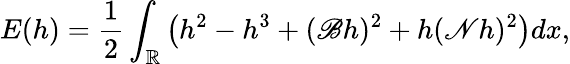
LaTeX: E(h)=\frac{1}{2}\int_{\mathbb R}\left(h^{2}-h^{3}+(\mathscr{B}h)^{2}+h(\mathscr{N}h)^{2}\right)dx,